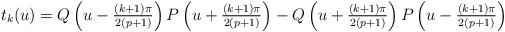
LaTeX: \begin{align*}t_k(u)=Q\left(\textstyle u-\frac{(k+1)\pi}{2(p+1)}\right) P\left(\textstyle u+\frac{(k+1)\pi}{2(p+1)}\right)- Q\left(\textstyle u+\frac{(k+1)\pi}{2(p+1)}\right) P\left(\textstyle u-\frac{(k+1)\pi}{2(p+1)}\right)\end{align*}